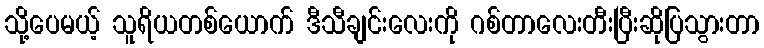
သို့ပေမယ့် သူရိယတစ်ယောက် ဒီသီချင်းလေးကို ဂစ်တာလေးတီးပြီးဆိုပြသွားတာ